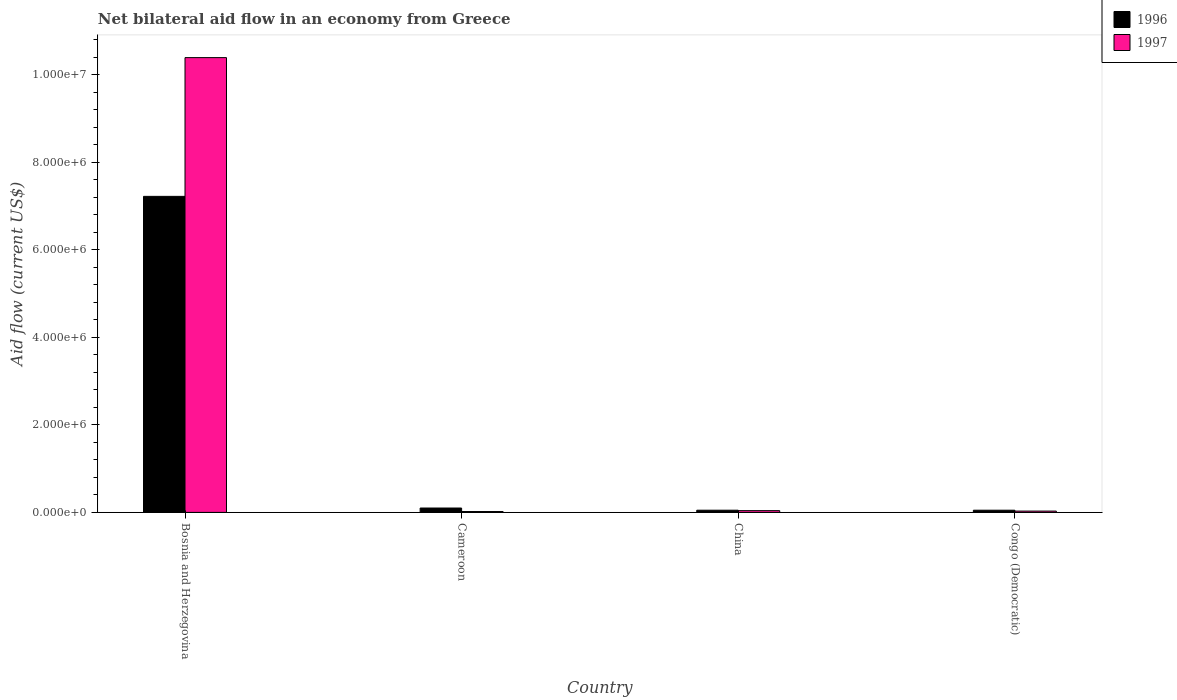
| Country | 1996 | 1997 |
 | --- | --- | --- |
 | Bosnia and Herzegovina | 7.22e+06 | 1.04e+07 |
 | Cameroon | 1e+05 | 2e+04 |
 | China | 5e+04 | 4e+04 |
 | Congo (Democratic) | 5e+04 | 3e+04 |